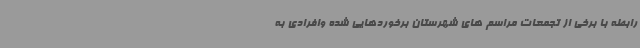
رابطه با برخی از تجمعات مراسم های شهرستان برخوردهایی شده وافرادی به